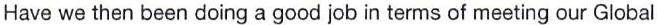
Have we then been doing a good job in terms of meeting our Global